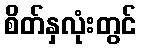
စိတ်နှလုံးတွင်